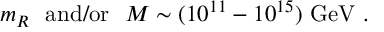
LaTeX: m _ { R } ~ ~ \mathrm { a n d / o r } ~ ~ M \sim ( 1 0 ^ { 1 1 } - 1 0 ^ { 1 5 } ) ~ \mathrm { G e V } ~ .